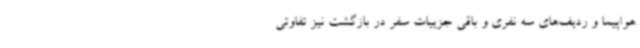
هواپیما و ردیف‌های سه نفری و باقی جزییات سفر در بازگشت نیز تفاوتی